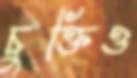
চুক্তিও